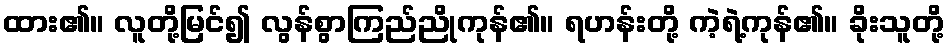
ထား၏။ လူတို့မြင်၍ လွန်စွာကြည်ညိုကုန်၏။ ရဟန်းတို့ ကဲ့ရဲ့ကုန်၏။ ခိုးသူတို့